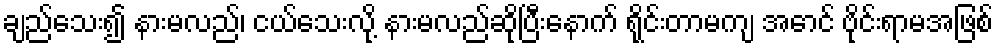
ချည်သေး၍ နားမလည်၊ ငယ်သေးလို့ နားမလည်ဆိုပြီးနောက် ရိုင်းတာမကျ အောင် ဗိုင်းရာမအဖြစ်